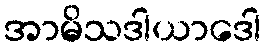
အာမိသဒါယာဒေါ